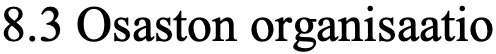
8.3 Osaston organisaatio